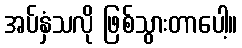
အပ်နှံသလို ဖြစ်သွားတာပေါ့။